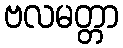
ဗလမတ္တာ